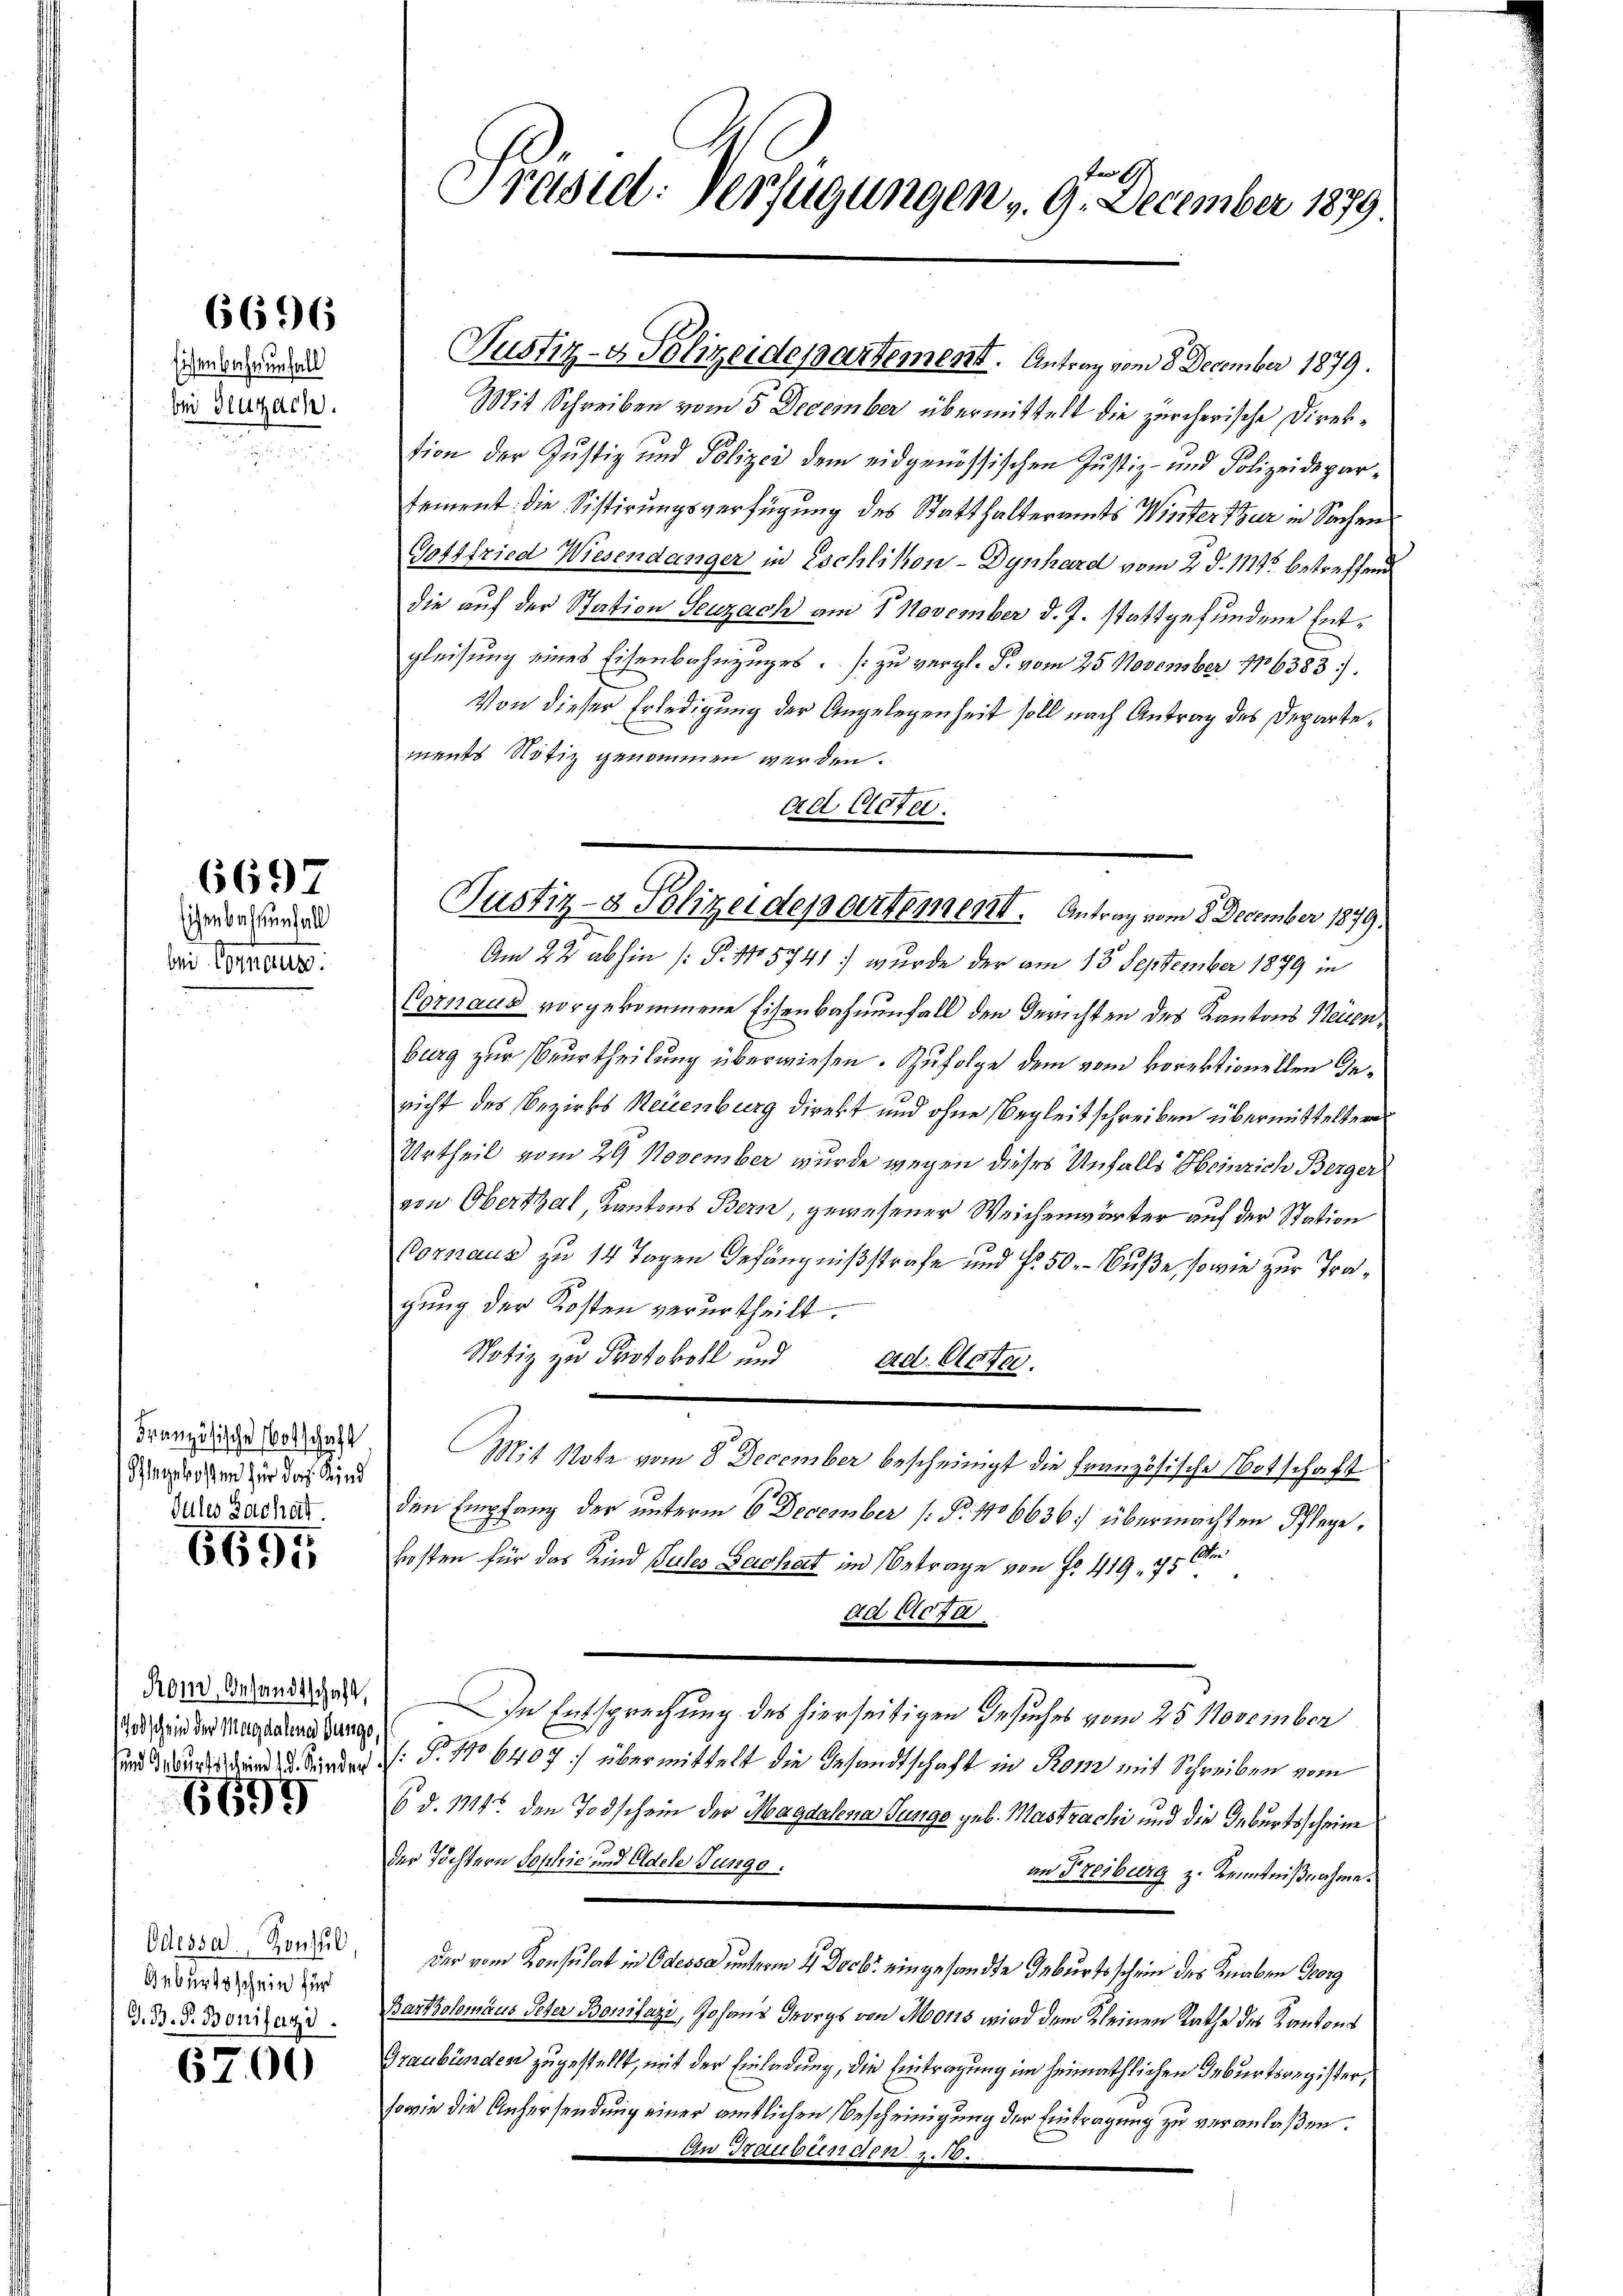
Eisenbahnenfall
bei Seuzach.

6696

bie Comtes.

669
Eichen bestenfall

Französische Botschaft
Phlegekosten zur Joh. Kind
dules Gachat.

6695

Rom, Besandtschaft,
Todschein der Magdalenen Purgs,
sund Geburtsschein d. Kinder

6695

Odessa, Konsul
Geburtsschein für
G. B. P. Bonifazi

6700

fer 19
Präsid: Verfügungen v. 9. December 1879

Justiz- & Polizeidepartement. Antrag vom 8. December 1879.

Mit Schreiben vom 5 December übermittelt die zürcherische Direktion der Justiz und Polizei dem eidgenössischen Justiz- und Polizeidepar-
tement: die Sistirungsverfügung des Statthalteramts Winterthur in Sachen
Gottfried Wiesendanger in Eschlikon - Dynhard vom 2. d. 1111. betreffend
die auf der Station Seuzach am 1. November d. J. stattgefundene Entgleisung eines Eisenbahnzuges. zu vergl. S. vom 25. November 186383).
Von dieser Erledigung der Angelegenheit soll nach Antrag des Departements Notiz genommen werden.
ad Acte.
Am 22 abhin (: P. No 5741. wurde der am 13. September 1879 in
Cornaus vorgekommene Eisenbahnenfall den Gerichten des Kantons Neuen¬
Burg zur Beurtheilung überwiesen. Zufolge dem vom vorektionellen Genicht des Bezirks Neuenburg direkt und ohne Begleitschreiben übermittelter
Urtheil vom 29 November wurde wegen dieses Unfalls Heinrich Berger
von Oberthal, Kantons Bern, gewesener Weichenwärter auf der Station
Bornaus zu 14 Tagen Gefängnißstrafe und f. 50.- Buße, so wie zur Tragung der Kosten verurtheilt.
Notiz zu Protokoll und ad. Cata.
Mit Note vom 8. December bescheinigt die Französische Notschaft
den Empfang der unterm 6 December (§. 1106636:/ übermachten Pflege,
kosten für das Kind Pules Zachat im Betrage von Fr. 419. 75 de
ad Acta
In Entsprechung des hierseitigen Besuches vom 25. November
/: P. No 6407] übermittelt die Gesandtschaft in Rom mit Schreiben vom
6 d. 1114. den Todschein der Magdalena Tunge geb. Mastrachi und die Geburtsscheine
der Töchtern Sophie und Oldele Junge
an Freiburg z. Kenntnißnahme.
der vom Konsulat in Odessa unterm 4. Decbr. eingesandte Geburtsschein des Knaben Georg
Bartolomaus Peter Bonifazi, Johanns Georgs von Mooris wird dem Kleinen Rathe des Kantons
Graubünden zugestellt, mit der Einladung, die Eintragung im heimathlichen Geburtsregister,
sowie die Anhersendung einer amtlichen Bescheinigung der Eintragung zu veranlaßen.
An Irruptinac 1. 1.10.

Justiz- & Polizeidepartement. Antrag vom 8. December 1879.